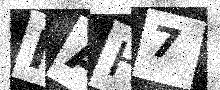
Text: MAH7